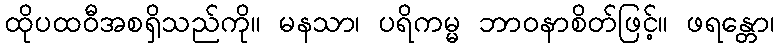
ထိုပထဝီအစရှိသည်ကို။ မနသာ၊ ပရိကမ္မ ဘာဝနာစိတ်ဖြင့်။ ဖရန္တော၊